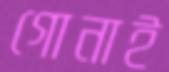
গোনাই